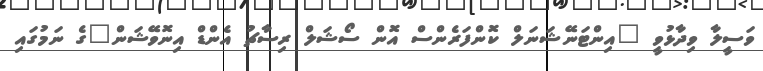
ވަސީލާ ވިދާޅުވީ "އިންޓަނޭޝަނަލް ކޮންފަރެންސް އޮން ސޯޝަލް ރިސާޗު އެންޑް އިނޮވޭޝަން"ގެ ނަމުގައި